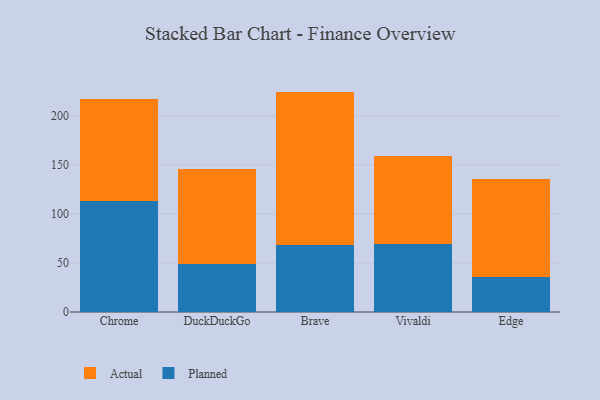
{"axis": {"x": "Browser", "y": "Website Visitors"}, "legend": ["Actual", "Planned"], "data": [{"x": "Chrome", "y": 113.0, "type": "Planned"}, {"x": "Chrome", "y": 104.1, "type": "Actual"}, {"x": "DuckDuckGo", "y": 48.8, "type": "Planned"}, {"x": "DuckDuckGo", "y": 96.9, "type": "Actual"}, {"x": "Brave", "y": 68.1, "type": "Planned"}, {"x": "Brave", "y": 156.6, "type": "Actual"}, {"x": "Vivaldi", "y": 69.0, "type": "Planned"}, {"x": "Vivaldi", "y": 90.1, "type": "Actual"}, {"x": "Edge", "y": 35.7, "type": "Planned"}, {"x": "Edge", "y": 99.9, "type": "Actual"}]}